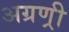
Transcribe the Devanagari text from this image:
अग्रण्री